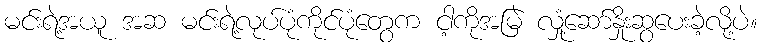
မင်းရဲ့အယူ အဆ မင်းရဲ့လုပ်ပုံကိုင်ပုံတွေက ငါ့ကိုအမြဲ လှုံ့ဆော်နှိုးဆွပေးခဲ့လို့ပဲ။